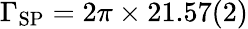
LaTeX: \Gamma_{\mathrm{SP}}=2\pi\times 21.57(2)